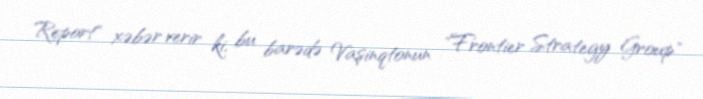
Report" xəbər verir ki, bu barədə Vaşinqtonun "Frontier Strategy Group"